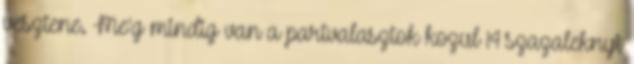
vesztene. Me'g mindig van a partvalasztok kozul 14 szazaleknyi